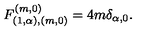
F _ { ( 1 , \alpha ) , ( m , 0 ) } ^ { ( m , 0 ) } = 4 m \delta _ { \alpha , 0 } .